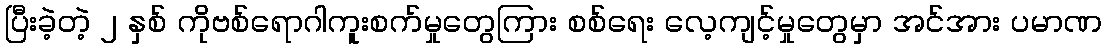
ပြီးခဲ့တဲ့ ၂ နှစ် ကိုဗစ်ရောဂါကူးစက်မှုတွေကြား စစ်ရေး လေ့ကျင့်မှုတွေမှာ အင်အား ပမာဏ